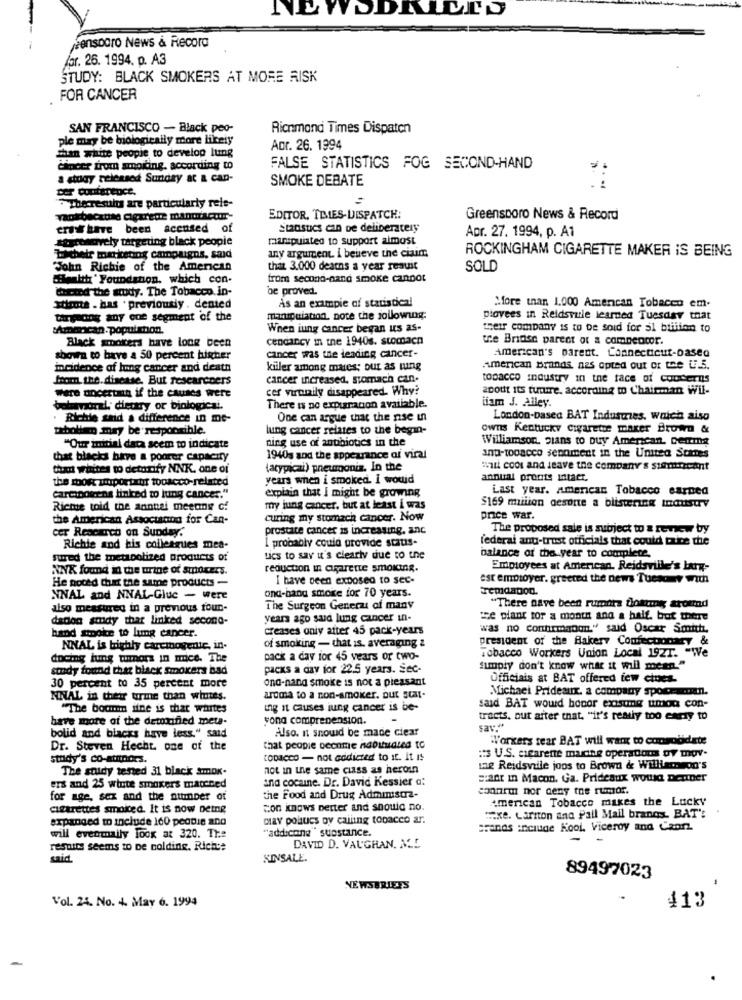
jeensogro News & Record
for. 26. 1994. p. A3
STUDY: BLACK SMOKERS AT MORE RISK
FOR CANCER
SAN FRANCISCO - Black peo-
Richmond Times Dispaten
ple may be biologically more likely
Fan white people to develop lung
Apr. 26. 1994
cancer from smoking. according to
FALSE STATISTICS FOG SECOND-HAND
a study released Sunday at & can-
SMOKE DEBATE
Der conference.
"Theresults are particularly reis-
yaokbecause Cigarede manufactur-
EDITOR, TRIES- DISPATCH:
Greensporo News & Record
cris have been accused of
Stadstics can De deliberately
styrenovely targeting black people
manipulated to support almost
Apr. 27. 1994, p. A1
ROCKINGHAM CIGARETTE MAKER IS BEING
Lichelr marketing campaigns. sad
any argument. i believe the ciaim,
John Richie of the American
that 3.000 deaths a year resuit
SOLD
Health ' Foundation, which con-
trom second-hand smoke cannot
Wcmod the study. The Tobacco in-
be proved.
As an example of statistical
xtlrme . has . previously . dented
More than 1.000 American Tobacco em.
targeons any one segment of the
manipulation. note the jollowing:
piovees in Reidsville learned Tuesday that
:Amancan. population.
When iung cancer began us as-
their company is to be sold for 51 biiiion to
cendancy In the 1940s. stomach
the Bridge parent of & compencor.
Black smokers have long been
American's parent. Connecticut-based
shown to have a 50 percent higher
cancer was the leading cancer-
incidence of lung cancer and death
kiiler among mares; but as tung
American Brands, nas opted out of the U.S.
from the. disease, But researchers
cancer increased, stomach can.
tobacco industry in the face of concerns
cer virtunily disappeared. Why?
aDott Its future. according to Chairman Wil-
Were ancertain if the causes were
iiam J. Alley.
balmoral, dietary or biologicai.
There is no expuracon available.
· Richie said a difference in me-
One can argue that the nse un
London-based BAT Industries, which also
paboliam may be responsible.
lung cancer relates to the begin-
owns Kentucky cigarette maker Brown &
Williamson plans to buy American. Denma
"Our initial data seem to indicate
ning use of antibiotics in the
that blacks bare a poorer capacity
1940s and the appearance of viral
and-tooacco sepament In the United States
Chad whites to detorify NNK. one of
(atypical) pneumonia. In the
mit cool and leave the company's stoprocent
the moor zuporteur tobacco-related
years when i smoked. i would
annual pronte intact.
explain that I might be growing
Last year. American Tobacco earned
carcinogens linked to lung cancer."
Richie told the annual meeang of
my jung cancer, but at least i was
$169 milion desorte a blistering tomustry
the American Associaand for Can-
curing my stomach cancer. Now
price war.
cer Research on Sunday.
prostate cancer is increasing. anc
The proposed sale is subject to & review by
I probably could provide scaus-
federal anti-trust officials that could tuice the
Richie and his colleagues mea.
sured the metabolized products of
tics to say it's clearly due to the
balance of the year to complete.
NNX found in the urine of strokers.
reduction In agarette smokIR.
Employees at American. Reidsville's bury-
I have been exposed to sec-
est employer. greeted the news Tuesday with
He noted that the same products -
NNAL and NNAL-Glue - were
ond-band smoke for 70 years.
also measured in a previous four-
The Surgeon General of many
"There nave been rumors dottmy around
dadon soidy that linked second-
years ago saud lung cancer in-
ze plant for a month and a half, but there
hand smoke to lung cancer.
creases only after 45 pack-years
was no confirmgoun." said Oscar Smith.
of smoking - that is. averaging &
president of the Bakery Confectionary &
NNAL is highly carcinogenic, in-
docing hung tumors in mice. The
pack a day for 45 years or two-
Tobacco Workers Union Local 192T. "We
study found that black smokers bad
packs a day for 22.5 years. Sec-
Simply don't know what it will mean."
ond-nand smoke is not a pleasant
Officials at BAT offered few clues-
30 percent to 35 percent more
Michael Prideaux. a company sporeman.
NNAL in their time than whites.
aroma to a non-smoker. out 5CM-
"The boun ilne is that wartes
ing it causes lung cancer is be-
said BAT would honor costing umod con-
have more of the detoxifed met-
sona comprenension.
-
tracts. out after that. "it's really too emery to
Also. n snowd be made clear
say."
bolid and blacks have less," said
Workers tear BAT will want to consolidate
Dr. Steven Hecht, one of the
that people oconme nooitudled to
study's co-atpors.
CODACCO - not addicted to it. It Is
:13 US. cigarette maring operadans Dy mov.
The study tested 31 black smok.
not in the same class as heroin
tag Reidsvile joos to Brown & Williso son's
and cocaine. Dr. David Kessier a:
=ant in Macon. Ga. Prideaux would Denner
ers and 25 winte smokers macened
connem nor ceny the rumor.
for age, sex and the number of
the Food and Drug Administra-
American Tobacco makes the Lucky
Cigarettes smoked. It is now detne
con knows better and should no.
expanded to include 160 peddie and
may polucs oy calling topacco ar.
xe. Lariton and Pall Mall brands. BAT':
"addicone" suostance.
Brands include Kool, Viceroy and Caor
will eventually Took at 320. The
results seems to be holding, Riche
DAVID D. VAUGHAN. ALL
said.
KINSALE.
89497023
NEWSBRIETS
Vol. 24. No. 4. May 6. 1994
413